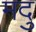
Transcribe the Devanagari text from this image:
मदु